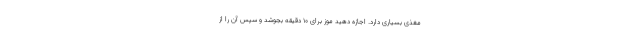
مغذی بسیاری دارد. اجازه دهید موز برای 10 دقیقه بجوشد و سپس آن را از